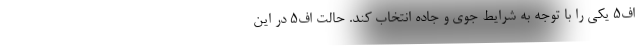
اف5 یکی را با توجه به شرایط جوی و جاده انتخاب کند. حالت اف5 در این